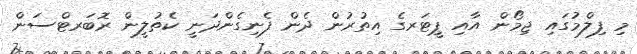
މި ފިލްމުގައި ޖިމޯން އާއި ޕީޓަރގެ އިތުރުން ދެން ފެނިގެންދަނީ ކެތުލީން ރޮބަރޓްސަން